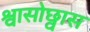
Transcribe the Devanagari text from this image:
श्वासोछ्वास